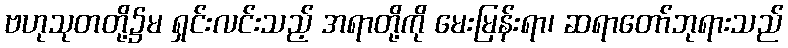
ဗဟုသုတတို့၌မ ရှင်းလင်းသည့် အရာတို့ကို မေးမြန်းရာ၊ ဆရာတော်ဘုရားသည်